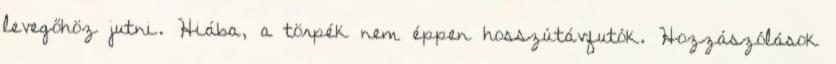
levegőhöz jutni. Hiába, a törpék nem éppen hosszútávfutók. Hozzászólások